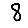
Digit: 8